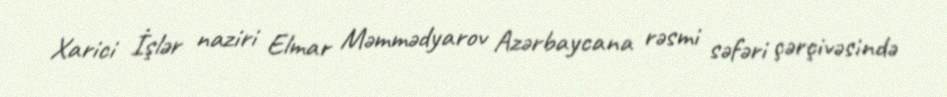
Xarici İşlər naziri Elmar Məmmədyarov Azərbaycana rəsmi səfəri çərçivəsində